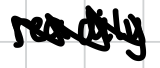
Text: readily
Cross-out: mix
Writing tool: digital_black